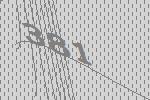
381